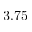
3 . 7 5